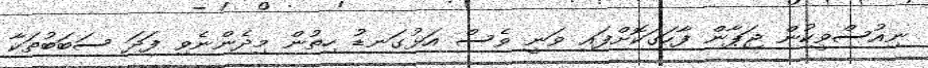
ނިއުސްވީކުން ޖަޕާން ފާހަގަކޮށްފައި ވަނީ ވެސް އަޅުގަނޑު ހިތުން މިދެންނެވި ފަދަ ސަބަބުތަކާ